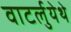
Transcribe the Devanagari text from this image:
वाटर्लुयेथे